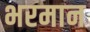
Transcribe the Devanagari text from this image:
भरमान